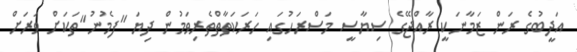
އަދީބުގެ ރަން ޒަމާނަކީ ރާއްޖޭގެ ސިޔާސީ މަސްރަހުގައި ހަރަކަތާތްތެރިވަމުން ދިޔަ "ފެމުނު"ތަކަށް ވަރަށް